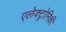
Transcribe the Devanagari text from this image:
एलेक्ट्रोनिकी